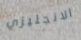
الانجليزي